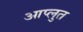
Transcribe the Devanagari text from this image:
आप्लुत